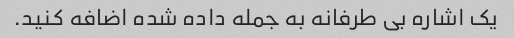
یک اشاره بی طرفانه به جمله داده شده اضافه کنید.